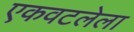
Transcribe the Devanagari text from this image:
एकवटलेला